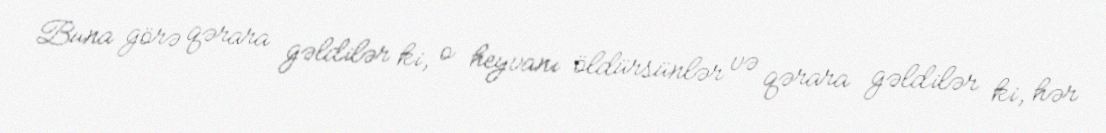
Buna görə qərara gəldilər ki, o heyvanı öldürsünlər və qərara gəldilər ki, hər